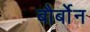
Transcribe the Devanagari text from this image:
बौर्बोन